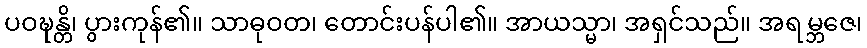
ပဝဍ္ဎန္တိ၊ ပွားကုန်၏။ သာဓုဝတ၊ တောင်းပန်ပါ၏။ အာယသ္မာ၊ အရှင်သည်။ အရမ္ဘဇေ၊